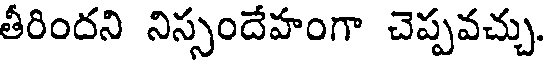
తీరిందని నిస్సందేహంగా చెప్పవచ్చు.